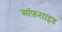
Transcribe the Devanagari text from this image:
ऑफ़साइड